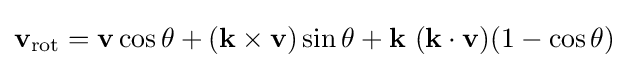
\mathbf {v} _{\mathrm {rot} }=\mathbf {v} \cos \theta +(\mathbf {k} \times \mathbf {v} )\sin \theta +\mathbf {k} ~(\mathbf {k} \cdot \mathbf {v} )(1-\cos \theta )